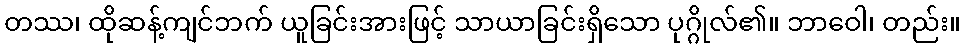
တဿ၊ ထိုဆန့်ကျင်ဘက် ယူခြင်းအားဖြင့် သာယာခြင်းရှိသော ပုဂ္ဂိုလ်၏။ ဘာဝေါ၊ တည်း။